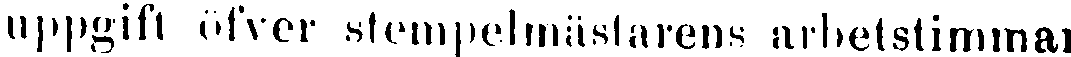
uppgift öfver stempelmästarens arbetstimmar